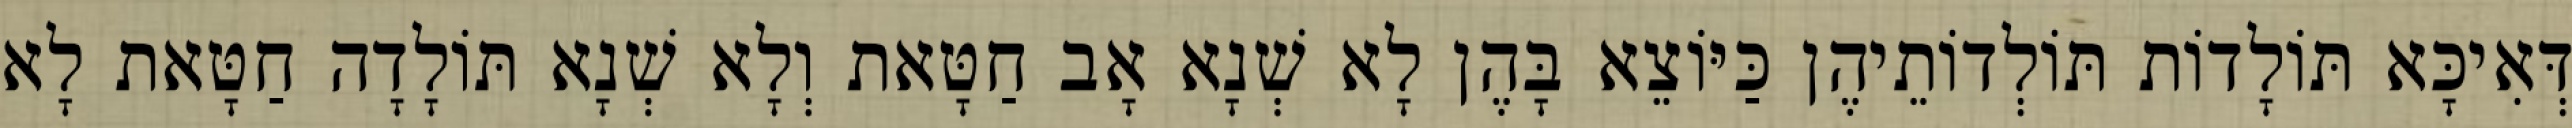
דְּאִיכָּא תּוֹלָדוֹת תּוֹלְדוֹתֵיהֶן כַּיּוֹצֵא בָּהֶן לָא שְׁנָא אָב חַטָּאת וְלָא שְׁנָא תּוֹלָדָה חַטָּאת לָא